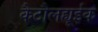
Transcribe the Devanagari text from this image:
कैटौलह्यूईक